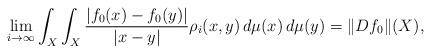
LaTeX: \begin{align*}\lim_{i\to\infty}\int_{X}\int_{X} \frac{|f_0(x)-f_0(y)|}{|x-y|}\rho_i(x,y)\,d\mu(x)\,d\mu(y)=\Vert Df_0\Vert (X),\end{align*}